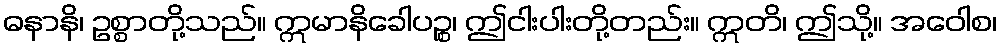
ဓနာနိ၊ ဥစ္စာတို့သည်။ ဣမာနိခေါပဉ္စ၊ ဤငါးပါးတို့တည်း။ ဣတိ၊ ဤသို့။ အဝေါစ၊